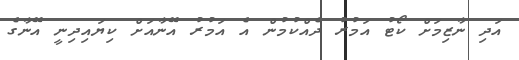
އަދި ނާޒިމަށް ކޯޓު އަމުރު ދެއްކުމުން އެ އަމުރު އޭނާއަށް ކިޔައިދިނީ އޭނާގެ